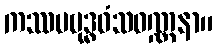
ကဿပဗုဒ္ဓဝံသဝဏ္ဏနာ။